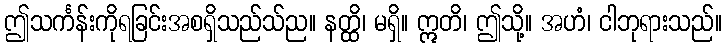
ဤသင်္ကန်းကိုရခြင်းအစရှိသည်သ်ည။ နတ္ထိ၊ မရှိ။ ဣတိ၊ ဤသို့။ အဟံ၊ ငါဘုရားသည်။